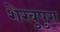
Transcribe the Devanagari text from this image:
शेखुपुरा